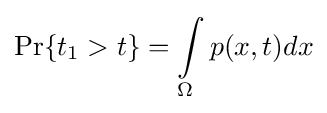
\Pr\{t_{1}>t\}=\int \limits _{\Omega }p(x,t)dx